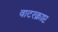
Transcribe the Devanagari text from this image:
वाटरक्राप्ट